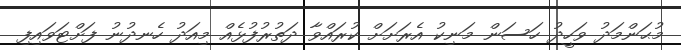
މުޙަންމަދު ވަހީދު ހަސަން މަނިކު އެރަށަށް ކުރައްވާ ދަތުރުފުޅެއް މިއަދު ހެނދުނު ފަށްޓަވައިފި